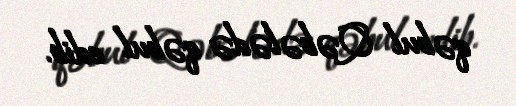
qəbul Qəbələdə qəbul edib.